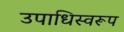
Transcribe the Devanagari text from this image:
उपाधिस्वरूप